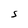
Character: S